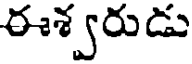
ఈశ్వరుడు